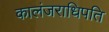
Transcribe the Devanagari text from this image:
कालंजराधिपति